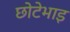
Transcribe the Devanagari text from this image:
छोटेभाइ